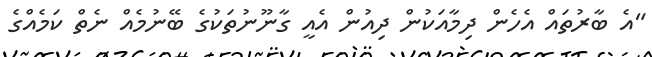
"އެ ބާރުތައް އެހެން ދިމާއަކުން ދިއުން އެއީ ގާނޫނުތަކުގެ ބޭނުމެއް ނެތް ކަމެއްގެ